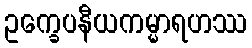
ဥက္ခေပနီယကမ္မာရဟဿ